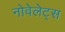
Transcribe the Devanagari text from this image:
नोवेलेट्स